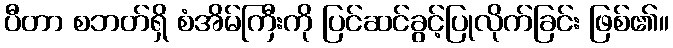
ပီတာ စဘတ်ရှိ စံအိမ်ကြီးကို ပြင်ဆင်ခွင့်ပြုလိုက်ခြင်း ဖြစ်၏။